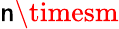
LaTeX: \mathsf{n}\timesm